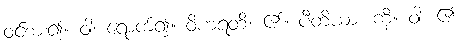
ဝင်စား၍။ ဝါ၊ ရောက်၍။ ဝိဟရတိ၊ ၏။ ပီတိယာ၊ ကို။ ဝါ၊ ၏။